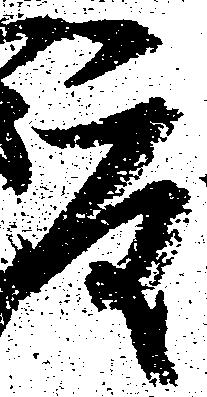
度